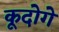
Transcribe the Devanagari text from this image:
कूदोगे